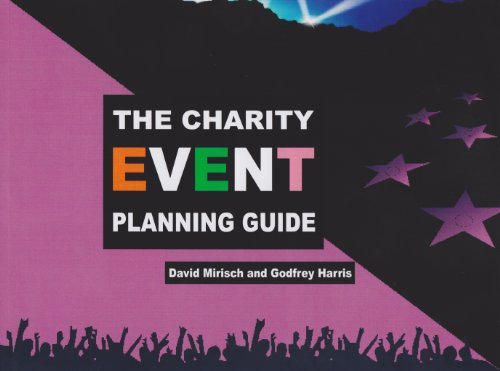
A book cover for The Charity Event Planning Guide; David Mirisch; Business & Money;